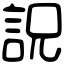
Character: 詋